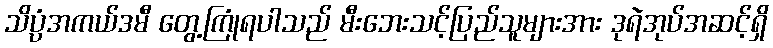
သိပ္ပံအကယ်ဒမီ တွေ့ကြုံရပါသည် မီးဘေးသင့်ပြည်သူများအား ဒုရဲအုပ်အဆင့်ရှိ